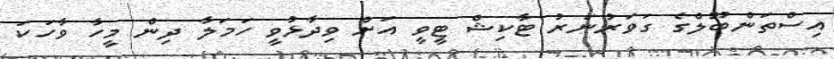
އިސްތަންބޫލްގެ ގަވަރުނަރު ޓާކިޝް ޓީވީ އަށް ވިދާޅުވީ ހަމަލާ ދިން މީހާ ވާހަކަ